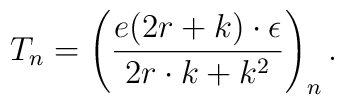
T_{n}=\left(  \frac{e(2r+k)\cdot\epsilon}{2r\cdot k+k^{2}}\right)  _{n}.